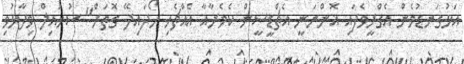
އަޅުގަނޑުމެން އެގްރީވެފައި އޮންނަނީ އެޗްޑީސީން ކެމެރާއާ އެއްޗެހި ހޯދައިދޭ ގޮތަށް" ސުހައިލް ވިދާޅުވި